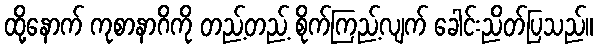
ထို့နောက် ကုစာနာဂိကို တည့်တည့် စိုက်ကြည့်လျက် ခေါင်းညိတ်ပြသည်။